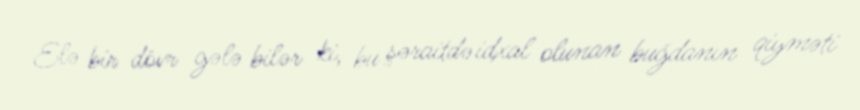
Elə bir dövr gələ bilər ki, bu şəraitdə idxal olunan buğdanın qiyməti